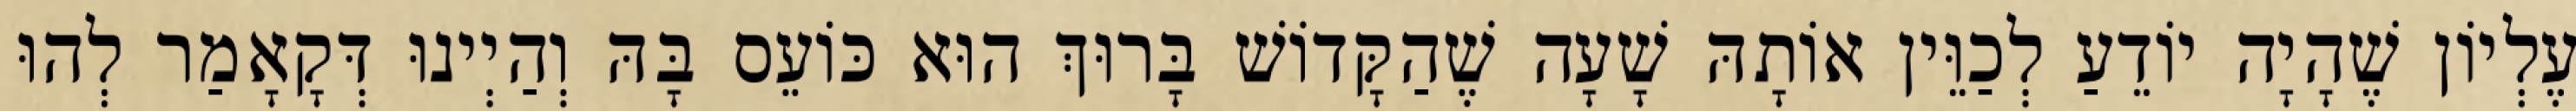
עֶלְיוֹן שֶׁהָיָה יוֹדֵעַ לְכַוֵּין אוֹתָהּ שָׁעָה שֶׁהַקָּדוֹשׁ בָּרוּךְ הוּא כּוֹעֵס בָּהּ וְהַיְינוּ דְּקָאָמַר לְהוּ